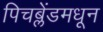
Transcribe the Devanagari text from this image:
पिचब्लेंडमधून